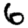
Digit: 6